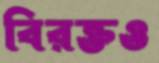
বিরক্তও